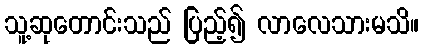
သူ့ဆုတောင်းသည် ပြည့်၍ လာလေသားမသိ။